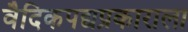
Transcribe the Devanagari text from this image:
वैदिकपद्यप्रकाराला